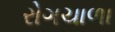
રોગચાળા